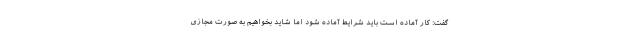
گفت: کار آماده است باید شرایط آماده شود اما شاید بخواهیم به صورت مجازی